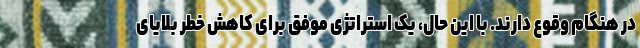
در هنگام وقوع دارند. با این حال، یک استراتژی موفق برای کاهش خطر بلایای